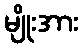
မျိုးအား